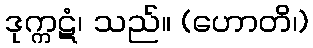
ဒုက္ကဋံ၊ သည်။ (ဟောတိ၊)